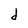
Character: d